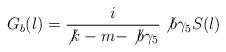
LaTeX: \begin{align*}G_{b}(l)=\frac{i}{\not{k}-m-\not{b}\gamma_{5}} \not{b}\gamma_{5}S(l)\end{align*}